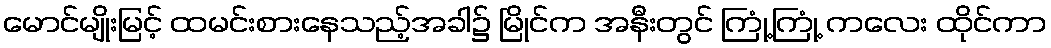
မောင်မျိုးမြင့် ထမင်းစားနေသည့်အခါ၌ မြိုင်က အနီးတွင် ကြုံ့ကြုံ့ ကလေး ထိုင်ကာ